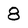
Character: 8